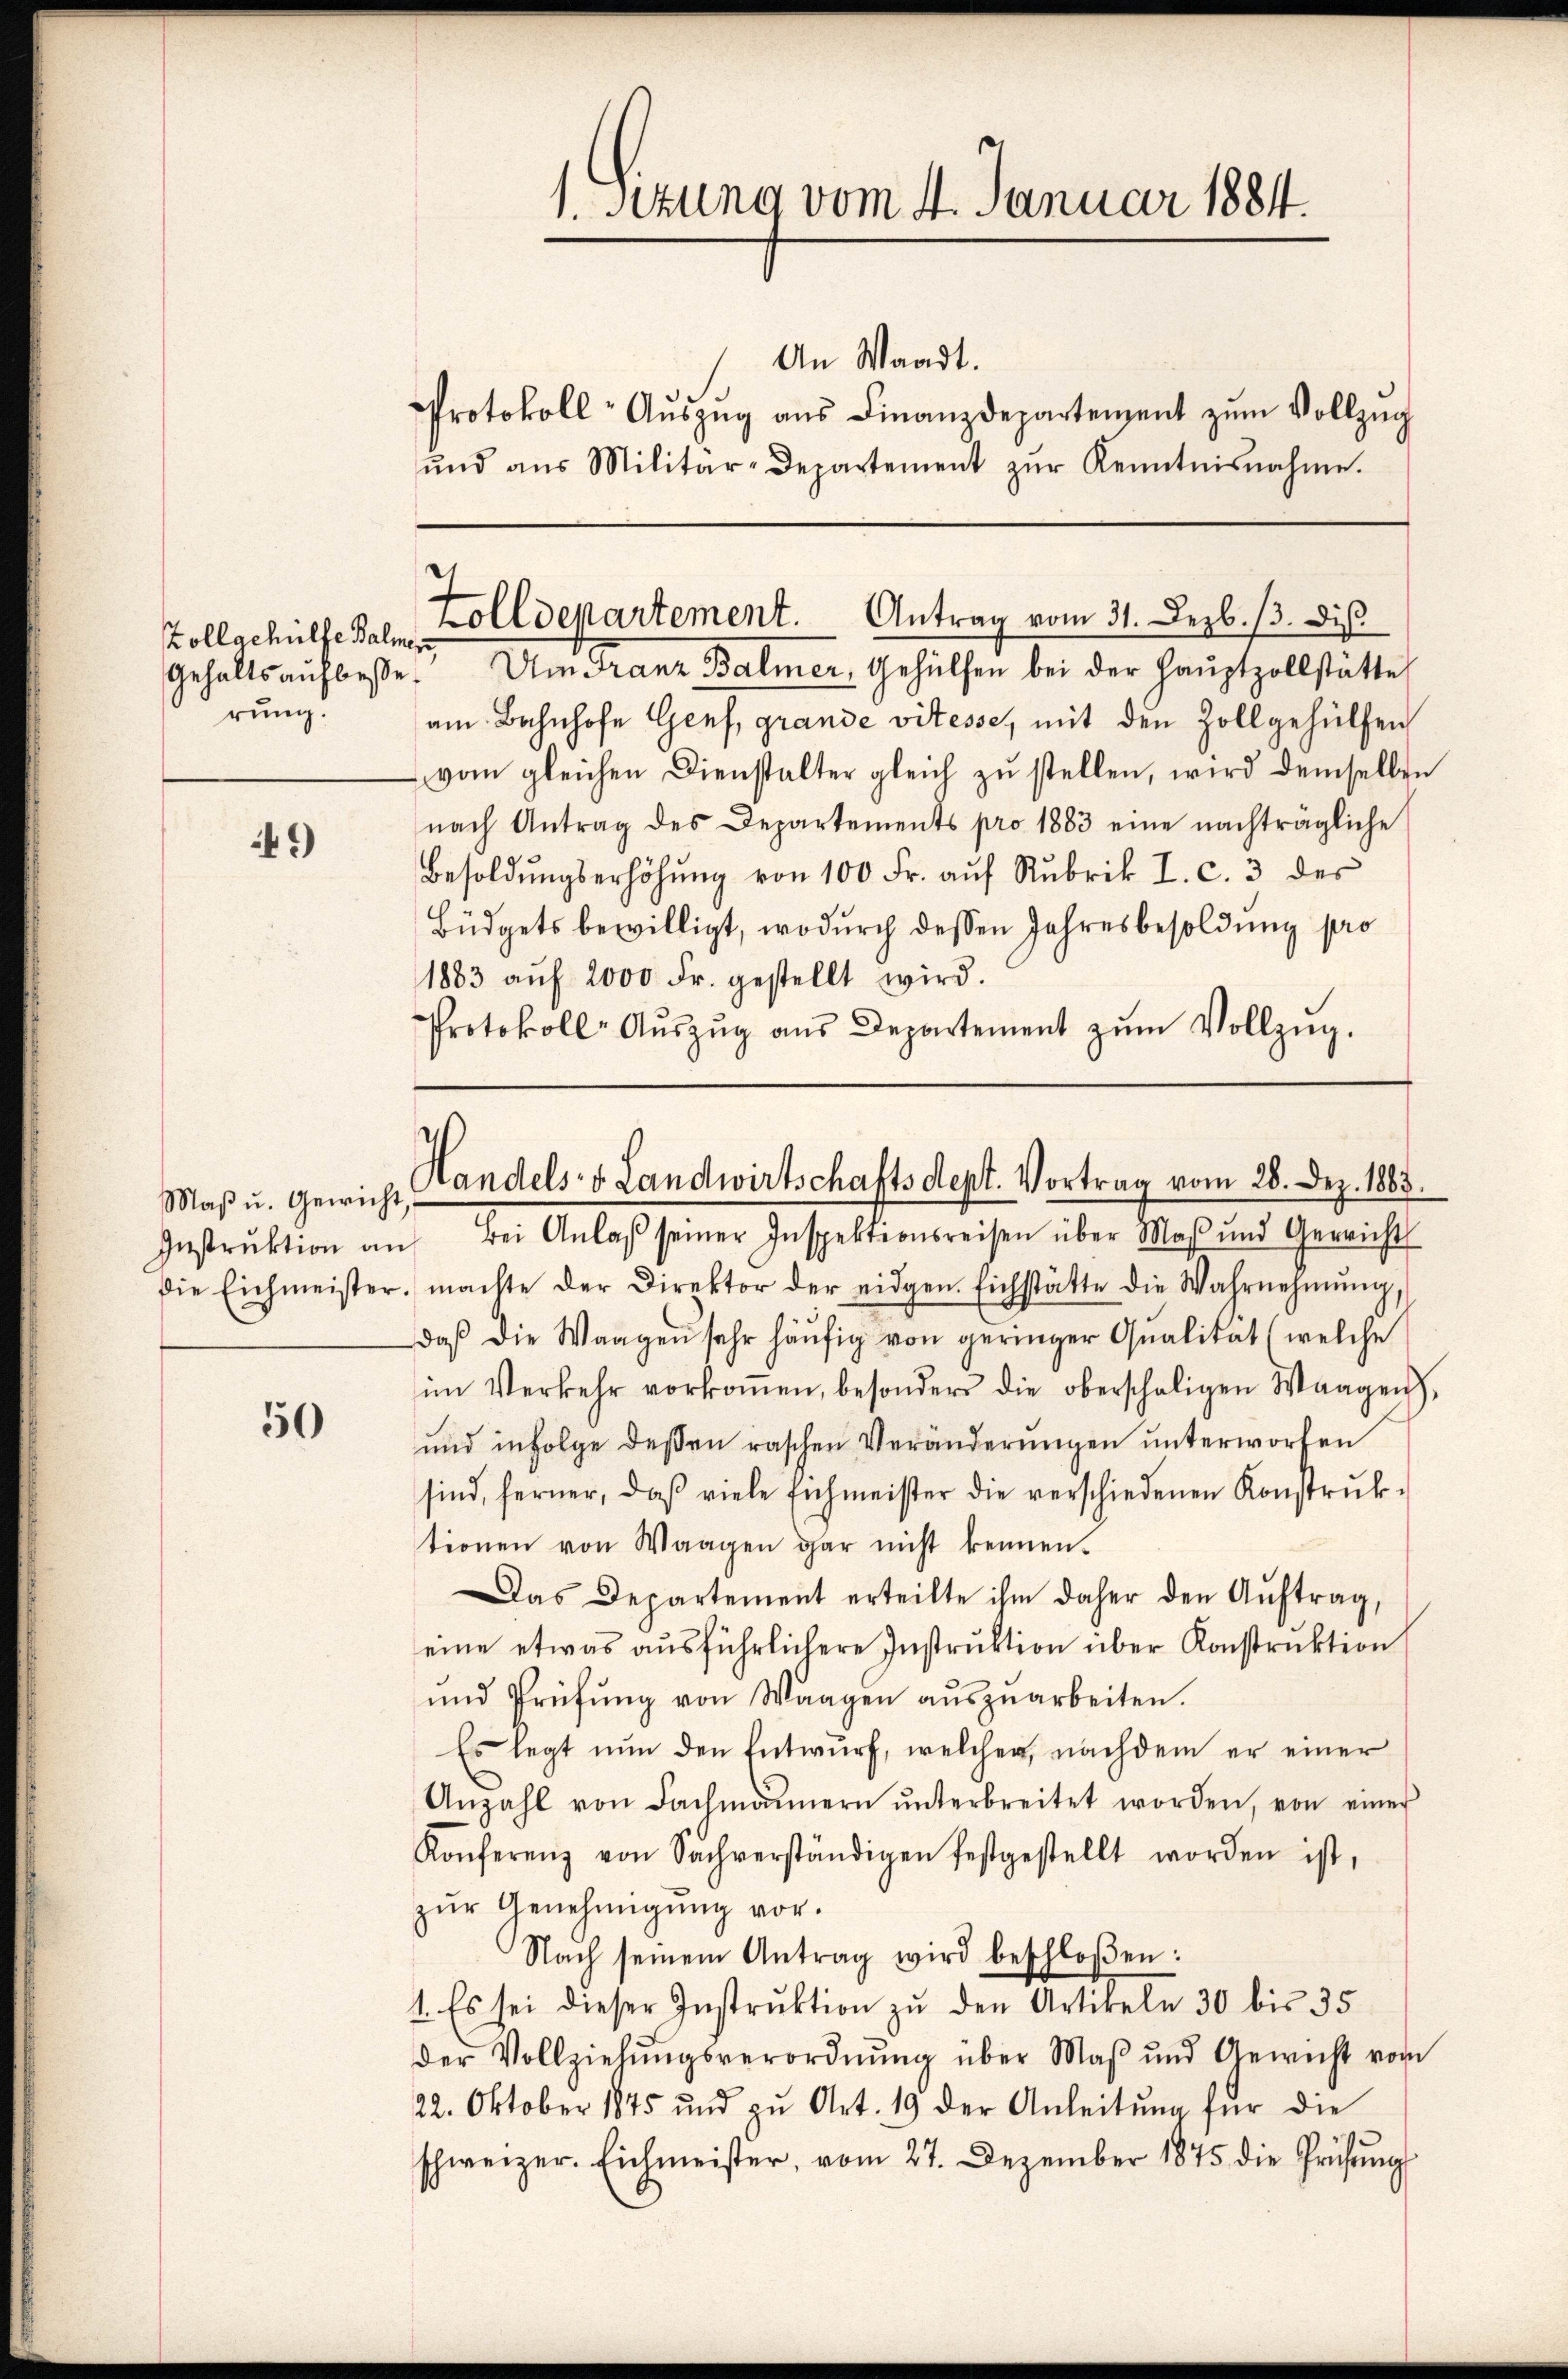
49

50

Vollgehülfe Balmen
Gehaltsaufbesse.
rung.

An Waadt.
Protokoll- Aŭszŭg aŭs Finanzdepartement zŭm Vollzŭg
ŭnd aŭs Militär-Departement zŭr Kenntnisnahme.

Maß u. Gewicht

1. Setzung vom 4. Januar 1884.

Zolldepartement. Antrag vom 31. Dezb. 3. dis

Am Franz Balmer, Gehülfen bei der Hauptzollstätte
am Bahnhofe Genf, grande vitesse, mit den Zollgehülfen
vom gleichen Dienstalter gleich zŭ stellen, wird demselben
nach Antrag des Departements pro 1883 eine nachträgliche
Besoldŭngserhöhŭng von 100 Fr. aŭf Rubrik I. c. 3 des
Büdgets bewilligt, wodurch dessen Jahresbesoldung pro
1883 aŭf 2000 Fr. gestellt wird.
Protokoll- Aŭszŭg aŭs Departement zŭm Vollzŭg.

Handels- u. Landwirtschaftsdept. Vortrag vom 28. Dez. 1883.

Instrŭktion an Bei Anlaβ seiner Inspektionsreisen über Maß und Gericht
die Eichmeister, machte der Direktor der eidgen. Eichstätte die Wahrnehmung,
daβ die Waagen sehr häufig von geringer Qualität (welche
im Verkehr vorkoṁen, besonders die oberschaligen Waagen,
und infolge deßen raschen Veränderŭngen unterworfen
sind, ferner, daβ viele Eichmeister die verschiedenen Konstrŭk-
tionen von Waagen gar nicht kennen.
Das Departement erteilte ihm daher den Aŭftrag,
eine etwas ausführlichere Instruktion über Konstruktion
und Prüfŭng von Waagen aŭszŭarbeiten.
Es legt nŭn den Entwurf, welcher, nachdem er einer
Anzahl von Fachmännern ŭnterbreitet worden, von einer
Konferenz von Sachverständigen festgestellt worden ist,
zŭr Genehmigŭng vor.
Nach seinem Antrag wird beschloßen:
1. Es sei dieser Instrŭktion zŭ den Artikeln 30 bis 35
der Vollziehŭngsverordnŭng über Maβ und Gewicht vom
22. Oktober 1845 und zŭ Art. 19 der Anleitŭng für die
schweizer. Eichmeister, vom 27. Dezember 1875 die Prüfŭng